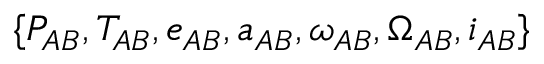
\{ P _ { A B } , T _ { A B } , e _ { A B } , a _ { A B } , \omega _ { A B } , \Omega _ { A B } , i _ { A B } \}